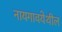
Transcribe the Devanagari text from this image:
नायगावयेथील